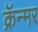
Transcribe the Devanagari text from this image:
क्रॅन्मर